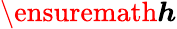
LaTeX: \ensuremath{\boldsymbol{h}}